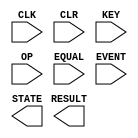
module adv_calc(CLK, CLR, KEY, OP, EQUAL, EVENT, RESULT, STATE);
    input CLK, CLR;
    input [3:0] KEY;
    input OP;
    input EQUAL, EVENT;
    output [15:0] RESULT;
    output [2:0] STATE;

    reg [7:0] value1, value2;
    reg op;
    reg [15:0] result;
    reg [2:0] state;









endmodule